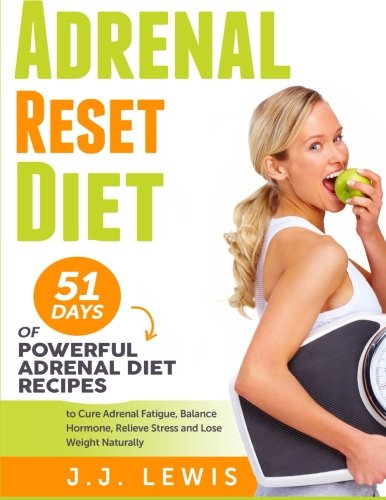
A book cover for Adrenal Reset Diet: 51 Days of Powerful Adrenal Diet Recipes to Cure Adrenal Fatigue, Balance Hormone, Relieve Stress and Lose Weight Naturally; J.J. Lewis; Health, Fitness & Dieting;